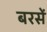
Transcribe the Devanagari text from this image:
बरसें